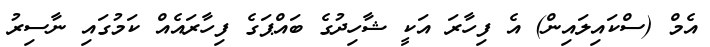
އެމް (ސްކައިލައިން) އެ ފިހާރަ އަކީ ޝާހިދުގެ ބައްޕަގެ ފިހާރައެއް ކަމުގައި ނާސިރު